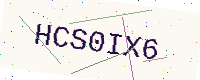
Text: HCS0IX6